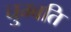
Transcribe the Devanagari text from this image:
चुम्बति